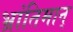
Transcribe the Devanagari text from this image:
भ्रांतिमान्